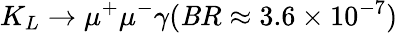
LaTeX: K_{L}\rightarrow\mu^{+}\mu^{-}\gamma(\mathit{B}R\approx3.6\times10^{-7})